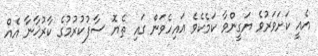
އެއީ ކަށަވަރުވެ ޔަގީންވާ ކަމެކެވެ އައިހެވަން ގައި ތެޔޮ ސާފުކުރުމުގެ ކާރުޚާނާ އެއް